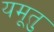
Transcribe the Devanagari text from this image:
यमूतु